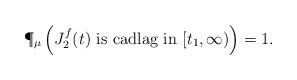
LaTeX: \begin{align*} \P_{\mu}\left( J_{2}^f(t) \mbox{ is cadlag in } [t_1,\infty)\right)=1.\end{align*}